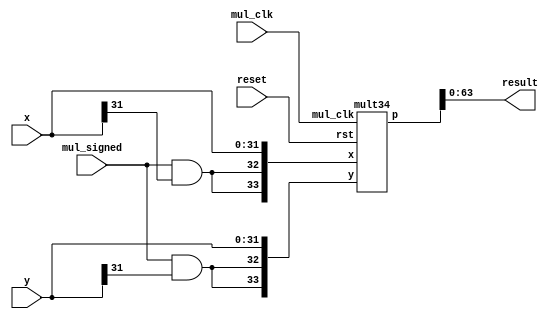

/*
 * 32-bit multiplier supporting signed and unsigned
 */
module mul (
	input wire mul_clk, input wire reset,
	input wire [31:0] x, input wire [31:0] y,
	input wire mul_signed, output wire [63:0] result
);

	wire [3:0] res_h;	/* Unused */

	mult34 u_mult34 (
		.mul_clk(mul_clk), .rst(reset),
		.x({ {2{mul_signed & x[31]}},x[31:0] }),
		.y({ {2{mul_signed & y[31]}},y[31:0] }),
		.p({ res_h,result })
	);

endmodule

/*
 * Multiplier using 2bits-Booth and Wallace tree
 */
module mult34 (
	input wire mul_clk,
	input wire rst,
	input wire [33:0] x,
	input wire [33:0] y,
	output wire [67:0] p
);

	wire [34:0] pp [16:0];	/* partial products */
	wire [16:0] c;

	genvar i;
	generate
		for (i = 1; i < 17; i = i + 1) begin : g_partial_product_gen
			partial_product_gen u_partial_product_gen (
				.x(x), .y(y[2 * i + 1:2 * i - 1]),
				.p(pp[i]), .c(c[i])
			);
		end
	endgenerate
	partial_product_gen u_partial_product_gen_0 (
		.x(x), .y({ y[1],y[0],1'd0 }),
		.p(pp[0]), .c(c[0])
	);

	wire [67:0] ppe [16:0];	/* sign-extended pp */
	generate
		for (i = 1; i < 17; i = i + 1) begin : g_ppe
			assign ppe[i] = { {(33 - 2 * i){pp[i][34]}},pp[i],{(2 * i){c[i]}} };
		end
	endgenerate
	assign ppe[0] = { {33{pp[0][34]}},pp[0] };

	wire [16:0] wt_n [67:0];	/* n of wallace_tree */
	genvar j;
	generate
		for (i = 0; i < 68; i = i + 1) begin : g_wt_n
			for (j = 0; j < 17; j = j + 1) begin
				assign wt_n[i][j] = ppe[j][i];
			end
		end
	endgenerate

	wire [14:0] wt_co [67:0];	/* co of wallace_tree */
	wire [67:0] wt_c, wt_s;
	generate
		for (i = 1; i < 68; i = i + 1) begin : g_wallace_tree
			wallace_tree u_wallace_tree (
				.n(wt_n[i]), .ci(wt_co[i - 1]),
				.co(wt_co[i]), .c(wt_c[i]), .s(wt_s[i])
			);
		end
	endgenerate
	wallace_tree u_wallace_tree_0 (
		.n(wt_n[0]), .ci(c[14:0]),
		.co(wt_co[0]), .c(wt_c[0]), .s(wt_s[0])
	);

/* 2-stage pipeline */
	reg [67:0] add1_reg, add2_reg;
	reg cin_reg;

	always @(posedge mul_clk) begin
		if (rst) begin
			add1_reg <= 68'd0;
			add2_reg <= 68'd0;
			cin_reg <= 0;
		end
		else begin
			add1_reg <= wt_s;
			add2_reg <= { wt_c[66:0],c[15] };
			cin_reg <= c[16];
		end
	end

	wire cout;	/* Unused */
	//assign { cout,p } = wt_s + { wt_c[66:0],c[15] } + c[16];
	assign { cout,p } = add1_reg + add2_reg + cin_reg;

endmodule

/*
 * Generate 35-bit partital products
 */
module partial_product_gen (
	input wire [33:0] x,
	input wire [2:0] y,	/* y_i+1, y_i, y_i-1 */
	output wire [34:0] p,
	output wire [0:0] c
);

	wire select_mx, select_ax, select_m2x, select_a2x;
	/* m: minus; a: add. */

	assign select_mx = (y == 3'b101 || y == 3'b110),
		select_ax = (y == 3'b001 || y == 3'b010),
		select_m2x = (y == 3'b100), select_a2x = (y == 3'b011);
	
	genvar i;
	generate
		for (i = 1; i < 34; i = i + 1) begin : g_partial_product
			assign p[i] = (
				select_mx & ~x[i] |
				select_ax & x[i] |
				select_m2x & ~x[i - 1] |
				select_a2x & x[i - 1]
			);
		end
	endgenerate

	assign p[0] = select_mx & ~x[0] | select_ax & x[0] |
		select_m2x & ~0 | select_a2x & 0,	/* consider x[-1] is 0 */
		p[34] = select_mx & ~x[33] | select_ax & x[33] |	/* consider x[34] is x[33] */
			select_m2x & ~x[33] | select_a2x & x[33];
	assign c = select_mx | select_m2x;

endmodule

/*
 * Wallace tree for adding 17 1-bit
 */
 module wallace_tree (
	input wire [16:0] n,
	input wire [14:0] ci,
	output wire [14:0] co,
	output wire [0:0] c,
	output wire [0:0] s
 );

	wire [14:0] st;	/* temp sum */

	/* Level 1 (lowest): 17 -> 12 */
	genvar i;
	generate
		for (i = 0; i < 5; i = i + 1) begin : level1
			assign { co[i],st[i] } = n[3 * i] + n[3 * i + 1] + n[3 * i + 2];
		end
	endgenerate
	assign { co[5],st[5] } = n[15] + n[16];	/* HALF */

	/* Level 2: 12 -> 8 */
	assign { co[6],st[6] } = st[0] + st[1] + st[2],
		{ co[7],st[7] } = st[3] + st[4] + st[5],
		{ co[8],st[8] } = ci[0] + ci[1] + ci[2],
		{ co[9],st[9] } = ci[3] + ci[4] + ci[5];
	
	/* Level 3: 8 -> 6 */
	assign { co[10],st[10] } = st[6] + st[7] + st[8],
		{ co[11],st[11] } = st[9] + ci[6] + ci[7];
	
	/* Level 4: 6 -> 4 */
	assign { co[12],st[12] } = st[10] + st[11] + ci[8],
		{ co[13],st[13] } = ci[9] + ci[10] + ci[11];
	
	/* Level 5: 4 -> 3 */
	assign { co[14],st[14] } = st[12] + st[13] + ci[12];

	/* Level 6: 3 -> 2 */
	assign { c,s } = st[14] + ci[13] + ci[14];
 endmodule